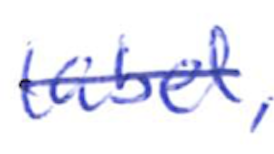
Text: label,
Cross-out: single-line
Writing tool: ballpoint